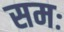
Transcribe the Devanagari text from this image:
समः